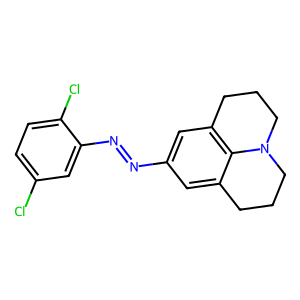
SMILES: Clc1ccc(Cl)c(N=Nc2cc3c4c(c2)CCCN4CCC3)c1
Inhibits HIV replication: No